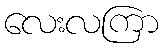
လေးလကြာ